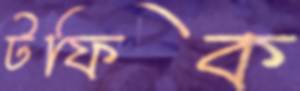
টফিক